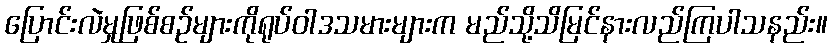
ပြောင်းလဲမှုဖြစ်စဉ်များကိုရုပ်ဝါဒသမားများက မည်သို့သိမြင်နားလည်ကြပါသနည်း။